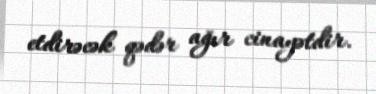
etdirəcək qədər ağır cinayətdir.